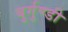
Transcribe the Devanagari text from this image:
बुर्गुण्डी